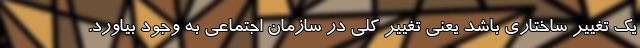
یک تغییر ساختاری باشد یعنی تغییر کلی در سازمان اجتماعی به وجود بیاورد.